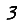
Digit: 3